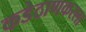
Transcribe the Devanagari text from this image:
कडेठाणकरला